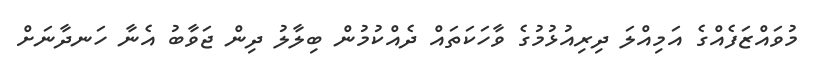
މުވައްޒަފެއްގެ އަމިއްލަ ދިރިއުޅުމުގެ ވާހަކަތައް ދެއްކުމުން ބިލާލު ދިން ޖަވާބު އެނާ ހަނދާނަށް